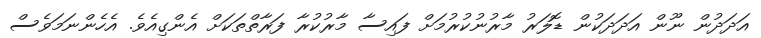
އަދަދުން ނޫން އަދަދަކުން ޑޮލަރު މާރުނުކުރުމަށް ފައިސާ މާރުކުރާ ފަރާތްތަކަށް އެންގިއެވެ. އެހެންނަމަވެސް